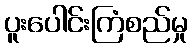
ပူးပေါင်းကြံစည်မှု